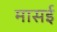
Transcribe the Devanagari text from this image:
मासई